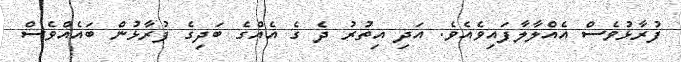
ފުރާޅުވެސް އެއްލާލާފައިވެއެވެ. އަދި އިތުރު ދެ ގެ އެއްގެ ބަދިގެ ފުރާޅުން ބައެއްވެސް